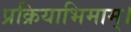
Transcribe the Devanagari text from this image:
प्रक्रियाभिमाम्।